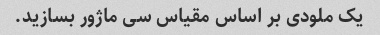
یک ملودی بر اساس مقیاس سی ماژور بسازید.